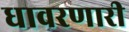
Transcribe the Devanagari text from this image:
धावरणारी